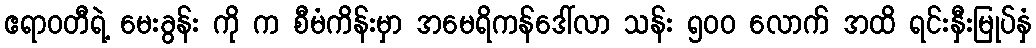
ဧရာဝတီရဲ့ မေးခွန်း ကို က စီမံကိန်းမှာ အမေရိကန်ဒေါ်လာ သန်း ၅၀ဝ လောက် အထိ ရင်းနှီးမြုပ်နှံ